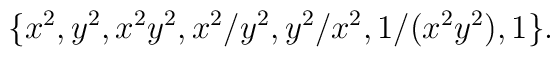
\{x^2, y^2, x^2y^2, x^2/y^2, y^2/x^2, 1/(x^2y^2), 1\}.